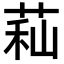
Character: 𦱑